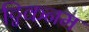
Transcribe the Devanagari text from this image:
ट्विकनम